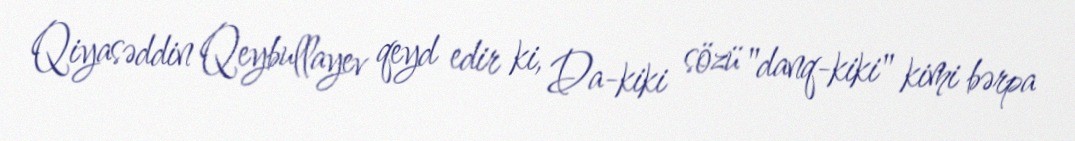
Qiyasəddin Qeybullayev qeyd edir ki, Da-kiki sözü "danq-kiki" kimi bərpa